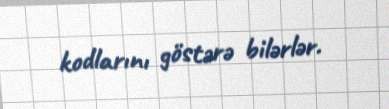
kodlarını göstərə bilərlər.